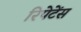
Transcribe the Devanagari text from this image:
रिपेटेंस